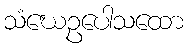
သံဃေဥပေါသထော